Scottish Leaving Certificate Examination, 1953
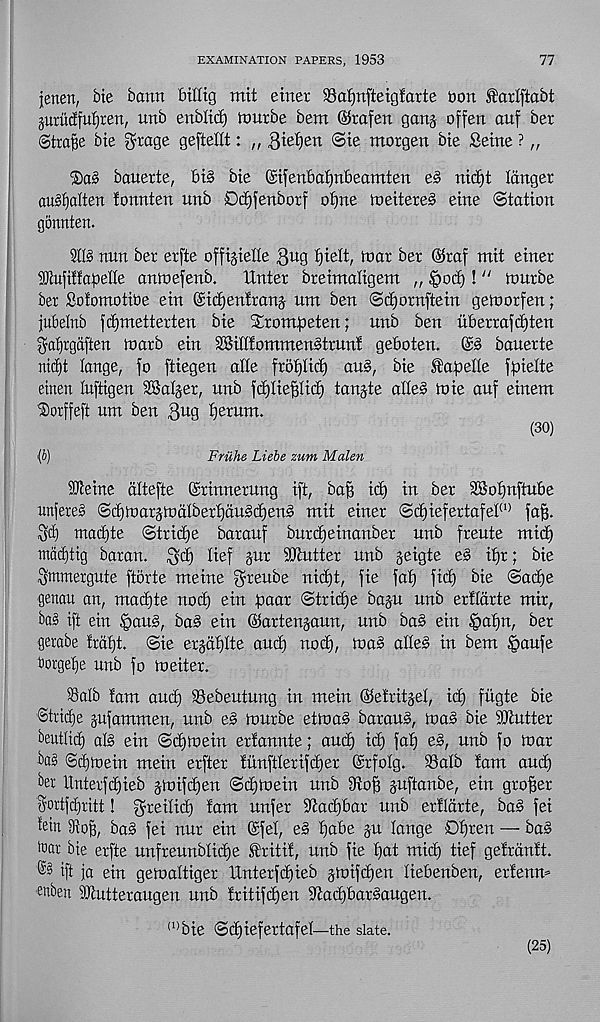
EXAMINATION PAPERS, 1953
77
jenen, bte barm billtg mit einer SBafjrtfteigfarte bon farlftabt
jurudfufiren, unb enbltrf) nmrbe bem @rafen ganj offen auf ber
Strafe bte $rage geftellt: „ 3iel)en ©te morgen bte Seine ? „
bauerte, bt§ bie ©ifenbafjnbeamten e§ nirfjt longer
ausf)alten fonnten unb Dcfgenborf oijne mettere§ erne Station
gonnten.
!!§ nun ber erfte offigielle B u g fatt, toar ber @raf mit einer
i0iu]it!apelle antoefenb.
Unter breimatigem ,, §oc£)! 11 tourbe
ber SotomotiOe ein (£ic£)enfranj um ben ©djornftein getoorfen;
jubelnb fctimetterten bie Srompeten; unb ben iiberrafitjten
$af)rgaften marb ein SSitltommenStrun! geboten. (£3 bauerte
nidjt lange, fo ftiegen atte frofjtict) au3, bie fapelle fpielte
etnen tuftigen SBalger, unb fdjlie^lidf) tanjte alle3 toie auf einem
$orffeft um ben 3 U Q tjerum.
(30)
(b)
Friihe Liebe zum Malen
iOleine dltefte ©rinnerung ift, bag id) in ber 2Sot)nftube
unfetes ©d)n)ar§todIbert)du3cE)en3 mit einer ©cf)iefertafel (1) fa§.
Sd) mact)te ©tridje barauf burdieinanber unb freute mid)
metditig baran. ^d) lief §ur Shutter unb geigte e3 if)r; bie
(jiitmergute ftorte meine greube nietjt, fie fat) fid) bie ©ad)e
genau an, mad)te nod) ein paar ©tridje bagu unb erftdrte mir,
ba§ ift ein §au3, ba§ ein ©artengaun, unb ba§ ein §af)n, ber
gerabe trdfjt. @ie er§df)tte and) nod), toad ailed in bem §aufe
torgel)e unb fo toeiter.
93alb !am and) SSebeutung in mein ©efritgel, id) fiigte bie
©tridje jufammen, unb ed tourbe ettoad baraud, mad bie Gutter
beutlid) aid ein ©d) toe in erfannte; and) id) fal) ed, unb fo mar
bad S d) to ein mein erfter fiinftlerifdjer (Srfolg. 93alb tarn and)
ber llnterfdjieb jmifdjen ©d) to ein unb 9toB guftanbe, ein grower
||rtfd)ritt! ^reiltd) fam unfer ‘Utadfbar unb ertldrte, bad fei
lettt 3toB, bad fei nur ein ©fel, ed I)abe gu lange D^ren — bad
toar bie erfte unfreunblidje ftritif, unb fie I)at mid) tief gefrdnft.
^ ift ja ein getoaltiger Unterfdgieb gtoifdjen liebenben, erfento
e >tbett SOtutteraugen unb !ritifd)en ^adjbardaugen.
(1) bie ©d)iefertafel—the slate.
(25)